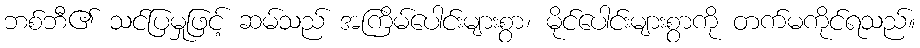
ဘစ်ဘီ၏ သင်ပြမှုဖြင့် ဆမ်သည် အကြိမ်ပေါင်းများစွာ၊ မိုင်ပေါင်းများစွာကို တက်မကိုင်ရသည်။